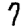
Digit: 7